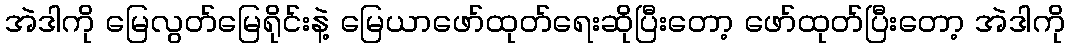
အဲဒါကို မြေလွတ်မြေရိုင်းနဲ့ မြေယာဖော်ထုတ်ရေးဆိုပြီးတော့ ဖော်ထုတ်ပြီးတော့ အဲဒါကို